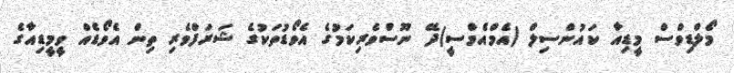
މޯލްޑިވްސް މީޑިއާ ކައުންސިލް (އެމްއެމްސީ)ދޭ ނޫސްވެރިކަމުގެ އެވޯޑުތަކުގެ ޝަރަފްވެރި ތިން އެވޯޑެއް ވީމީޑިއާގެ